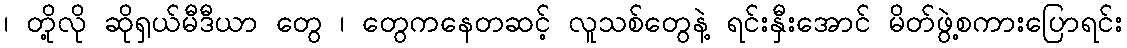
၊ တို့လို ဆိုရှယ်မီဒီယာ တွေ ၊ တွေကနေတဆင့် လူသစ်တွေနဲ့ ရင်းနှီးအောင် မိတ်ဖွဲ့စကားပြောရင်း